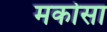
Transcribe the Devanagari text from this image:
मकोसा